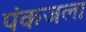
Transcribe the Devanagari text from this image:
पंकजला